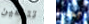
تتبعين أحدنا